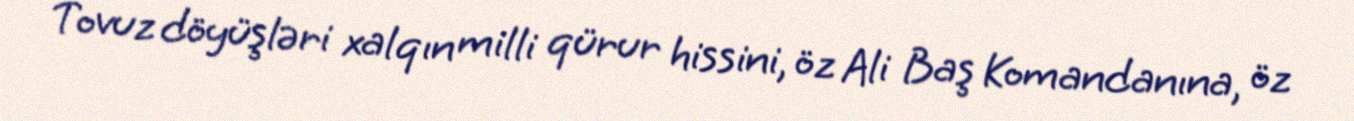
Tovuz döyüşləri xalqın milli qürur hissini, öz Ali Baş Komandanına, öz